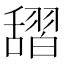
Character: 𦧱